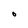
Character: O